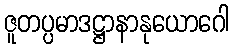
ဇူတပ္ပမာဒဋ္ဌာနာနုယောဂေါ